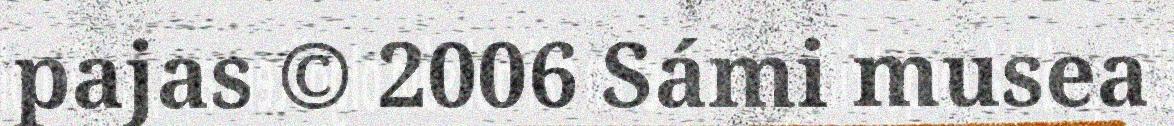
pajas © 2006 Sámi musea